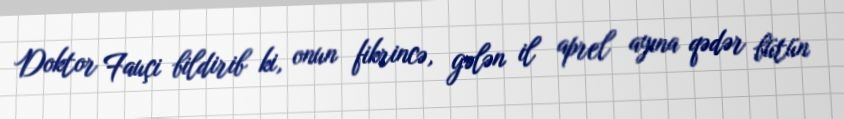
Doktor Fauçi bildirib ki, onun fikrincə, gələn il aprel ayına qədər bütün